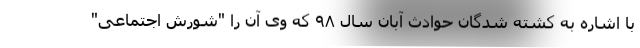
با اشاره به کشته شدگان حوادث آبان سال ۹۸ که وی آن را "شورش اجتماعی"